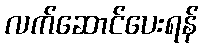
လက်ဆောင်ပေးရန်